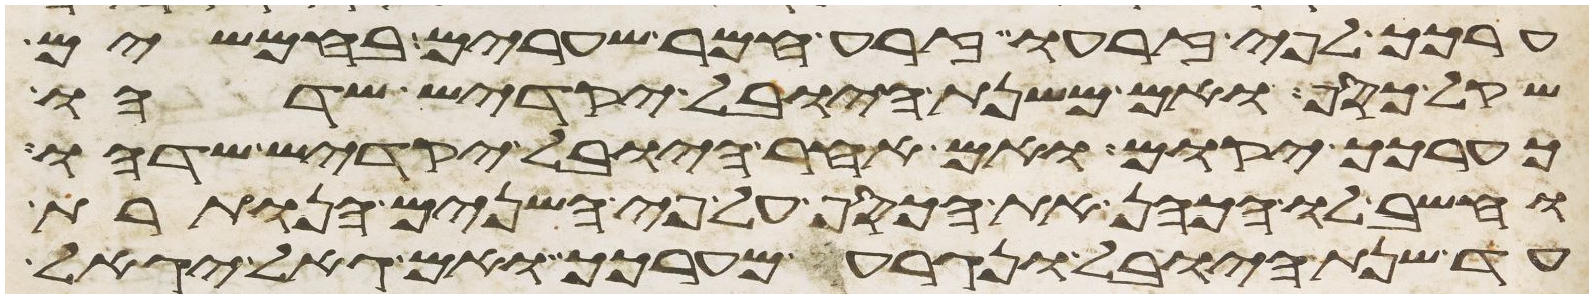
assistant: ערכך לפי זרעו זרע חמר שערים בחמשים
שקל כסף ואם משנת היובל יקדיש שדהו
כערכך יקום ואם אחר היובל יקדיש שדהו
וחשב לו הכהן את הכסף על פי השנים הנותרת
עד שנת היובל ונגרע מערכך ואם גאל יגאל